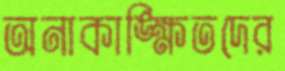
অনাকাঙ্ক্ষিতদের